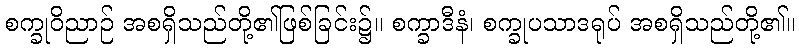
စက္ခုဝိညာဉ် အစရှိသည်တို့၏ဖြစ်ခြင်း၌။ စက္ခာဒီနံ၊ စက္ခုပသာဒရုပ် အစရှိသည်တို့၏။